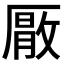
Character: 𭆕